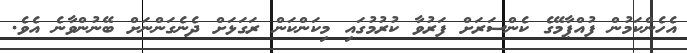
އެހެންކަމުން ފުއްޕާމޭގެ ކެންސަރަށް ފަރުވާ ކުރުމުގައި މިކަންކަން ރަގަޅަށް ދެނެގަންނަށް ބޭނުންވާނެ އެވެ.